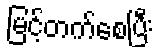
မြင့်တက်စေပြီး